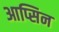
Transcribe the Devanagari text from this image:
आप्सिन